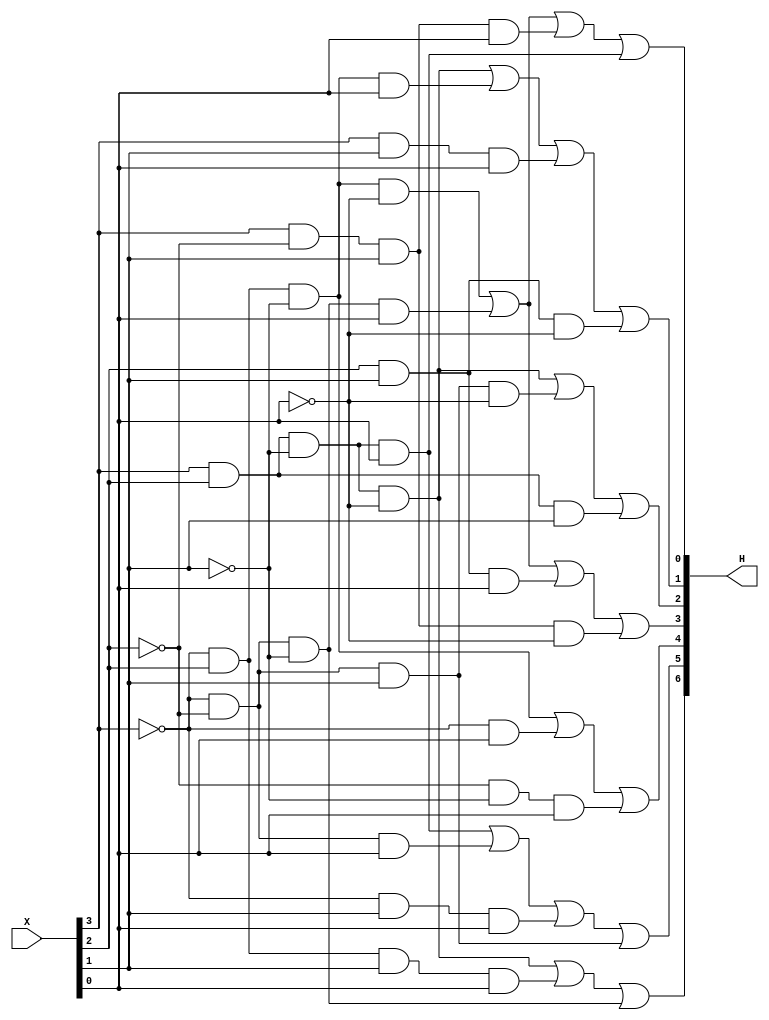
module Ex2(X,H);
	input wire [3:0]X;
	output wire [6:0]H;
	assign H[0]=~X[3]&&~X[2]&&~X[1]&&X[0]||~X[3]&&X[2]&&~X[1]&&~X[0]||X[3]&&~X[2]&&X[1]&&X[0]||X[3]&&X[2]&&~X[1]&&X[0];
	assign H[1]=X[3]&&X[2]&&~X[1]&&~X[0]||~X[3]&&X[2]&&~X[1]&&X[0]||X[3]&&X[1]&&X[0]||X[2]&&X[1]&&~X[0];
	assign H[2]=X[3]&&X[2]&&~X[1]&&~X[0]||~X[3]&&~X[2]&&X[1]&&~X[0]||X[3]&&X[2]&&X[1];
	assign H[3]=~X[3]&&X[2]&&~X[1]&&~X[0]||~X[3]&&~X[2]&&~X[1]&&X[0]||X[2]&&X[1]&&X[0]||X[3]&&~X[2]&&X[1]&&~X[0];
	assign H[4]=~X[3]&&X[2]&&~X[1]||~X[3]&&X[0]||~X[2]&&~X[1]&&X[0];
	assign H[5]=X[3]&&X[2]&&~X[1]&&X[0]||~X[3]&&~X[2]&&X[0]||~X[3]&&X[1]&&X[0]||~X[3]&&~X[2]&&X[1];
	assign H[6]=X[3]&&X[2]&&~X[1]&&~X[0]||~X[3]&&X[2]&&X[1]&&X[0]||~X[3]&&~X[2]&&~X[1];
endmodule